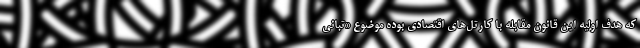
که هدف اولیه این قانون مقابله با کارتل‌های اقتصادی بوده موضوع «تبانی